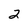
Character: 2